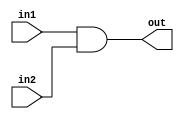
// This program was cloned from: https://github.com/neelkshah/MIPS-Processor
// License: GNU General Public License v3.0

module bit32And (out, in1, in2);
	input [31:0] in1, in2;
	output [31:0] out;
	
	assign {out} = in1 & in2;

endmodule

module bit32Or (out, in1, in2);
	input [31:0] in1, in2;
	output [31:0] out;
	
	assign {out} = in1 | in2;
	
endmodule